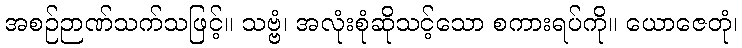
အစဉ်ဉာဏ်သက်သဖြင့်။ သဗ္ဗံ၊ အလုံးစုံဆိုသင့်သော စကားရပ်ကို။ ယောဇေတုံ၊